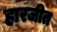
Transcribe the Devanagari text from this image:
हारजीत